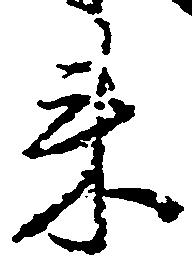
来